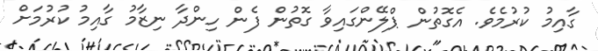
ގާއިމު ކުރުމެވެ. އެގޮތުން ޕްލޭންގައިވާ ގޮތުން ފެން ހިންދާ ނިޒާމު ގާއިމު ކުރުމަށް